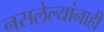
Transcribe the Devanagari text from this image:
नसलेल्यांनाही